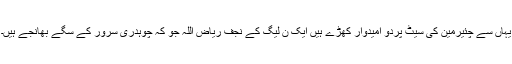
یہاں سے چئیرمین کی سیٹ پردو امیدوار کھڑے ہیں ایک ن لیگ کے نجف ریاض اللہ جو کہ چوہدری سرور کے سگے بھانجے ہیں۔